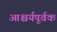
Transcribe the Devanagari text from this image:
आश्चर्यपूर्वक